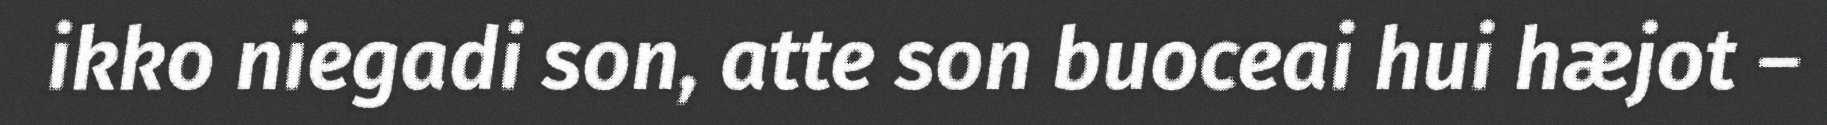
ikko niegadi son, atte son buoceai hui hæjot –